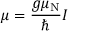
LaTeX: { \boldsymbol { \mu } } = { \frac { g \mu _ { \mathrm { N } } } { \hbar } } { \boldsymbol { I } }